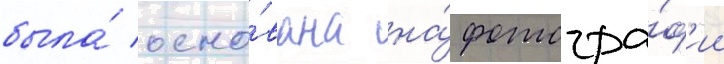
была́ осно́вана на́ фотогра́ф'ии